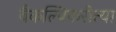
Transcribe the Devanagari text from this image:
वैकल्पिकरीत्या